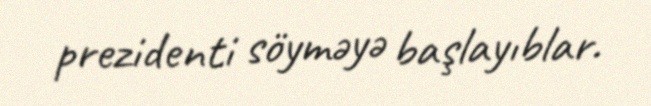
prezidenti söyməyə başlayıblar.